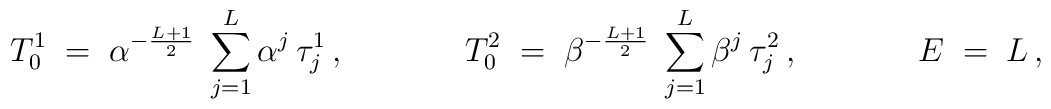
T_0^{1} \;=\;    \alpha^{-\frac{L+1}{2}} \;\sum_{j=1}^{L}    \alpha^{j} \,\tau_{j}^{1} \,,\hspace{1.5cm}T_0^{2} \;=\;    \beta^{-\frac{L+1}{2}} \;\sum_{j=1}^{L}    \beta^{j} \,\tau_{j}^{2} \,,\hspace{1.5cm}E\;=\;L\,,